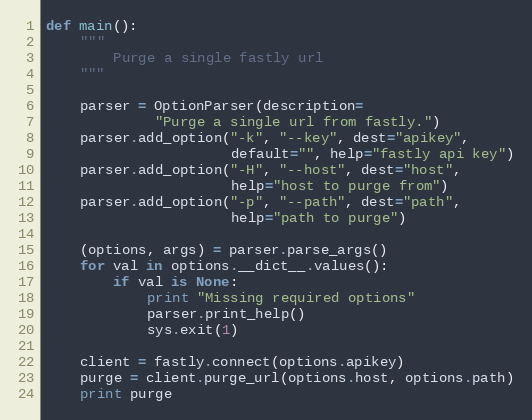
Language: Python
def main():
    """
        Purge a single fastly url
    """

    parser = OptionParser(description=
             "Purge a single url from fastly.")
    parser.add_option("-k", "--key", dest="apikey",
                      default="", help="fastly api key")
    parser.add_option("-H", "--host", dest="host",
                      help="host to purge from")
    parser.add_option("-p", "--path", dest="path",
                      help="path to purge")

    (options, args) = parser.parse_args()
    for val in options.__dict__.values():
        if val is None:
            print "Missing required options"
            parser.print_help()
            sys.exit(1)

    client = fastly.connect(options.apikey)
    purge = client.purge_url(options.host, options.path)
    print purge